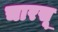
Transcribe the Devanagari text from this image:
चारसू